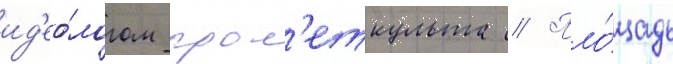
ид'ео́логом прол'еткульта // Пло́щадь